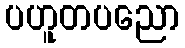
ပဟူတပညော